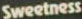
Sweetness